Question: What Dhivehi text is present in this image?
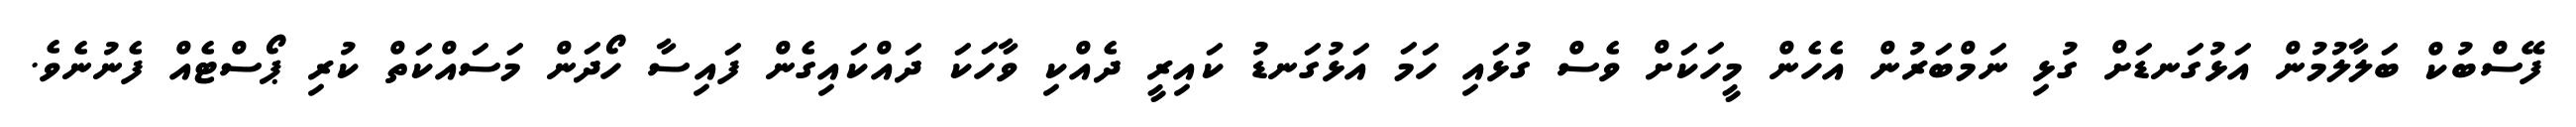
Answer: ފޭސްބުކް ބަލާލުމުން އަޅުގަނޑަށް ގުޅި ނަމްބަރުން އެހެން މީހަކަށް ވެސް ގުޅައި ހަމަ އަޅުގަނޑު ކައިރީ ދެއްކި ވާހަކަ ދައްކައިގެން ފައިސާ ހޯދަން މަސައްކަތް ކުރި ޕޯސްޓެއް ފެނުނެވެ.